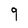
Character: 9